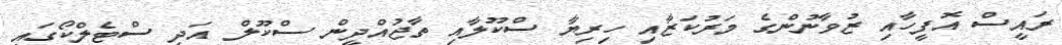
ރައީސް އޮފީހާއި ޒުވާނުންގެ މަރުކަޒާއި ހިރިޔާ ސްކޫލާއި ތާޖުއްދީން ސްކޫލް އަދި ސްޓެލްކޯގައި